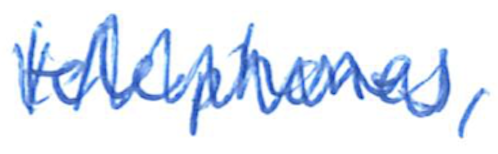
Text: telephones,
Cross-out: zig-zag
Writing tool: ballpoint